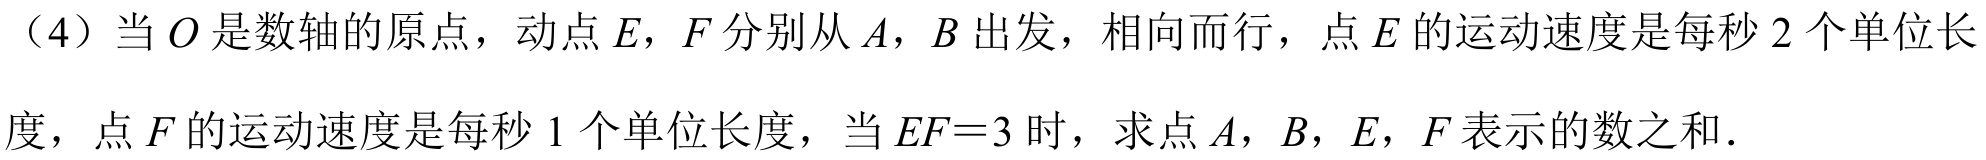
（4）当 \(O\) 是数轴的原点，动点 \(E\)，\(F\) 分别从 \(A\)，\(B\) 出发，相向而行，点 \(E\) 的运动速度是每秒 \(2\) 个单位长度，点 \(F\) 的运动速度是每秒 \(1\) 个单位长度，当 \(EF = 3\) 时，求点 \(A\)，\(B\)，\(E\)，\(F\) 表示的数之和．